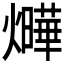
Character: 𤒃